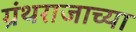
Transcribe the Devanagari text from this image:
ग्रंथराजाच्या